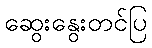
ဆွေးနွေးတင်ပြ